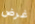
غرض